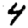
Digit: 4